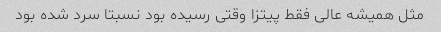
مثل همیشه عالی فقط پیتزا وقتی رسیده بود نسبتا سرد شده بود